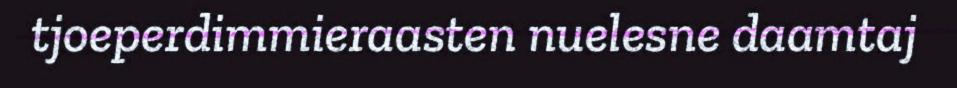
tjoeperdimmieraasten nuelesne daamtaj